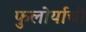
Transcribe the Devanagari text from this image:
फुलोर्याची